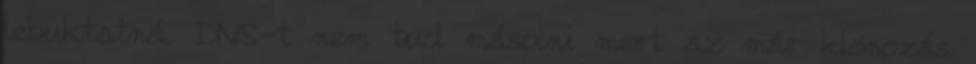
lebuktatná. DNS-t nem tud másolni mert az már klónozás